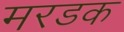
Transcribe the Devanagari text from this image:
मरडक